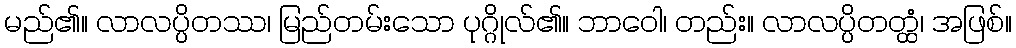
မည်၏။ လာလပ္ပိတဿ၊ မြည်တမ်းသော ပုဂ္ဂိုလ်၏။ ဘာဝေါ၊ တည်း။ လာလပ္ပိတတ္ထံ၊ အဖြစ်။